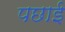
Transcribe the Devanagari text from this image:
पछाई